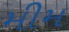
મીમ